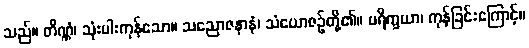
သည်။ တိဏ္ဏံ၊ သုံးပါးကုန်သော။ သညောဇနာနံ၊ သံယောဇဉ်တို့၏။ ပရိက္ခယာ၊ ကုန်ခြင်းကြောင့်။